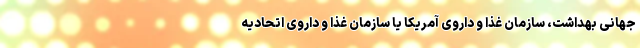
جهانی بهداشت، سازمان غذا و داروی آمریکا یا سازمان غذا و داروی اتحادیه